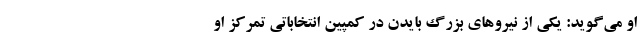
او می‌گوید: یکی از نیروهای بزرگ بایدن در کمپین انتخاباتی تمرکز او